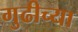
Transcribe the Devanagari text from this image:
गुढीच्या